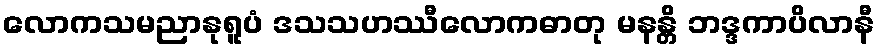
လောကသမညာနုရူပံ ဒသသဟဿီလောကဓာတု မနန္တိ ဘဒ္ဒကာပိလာနီ